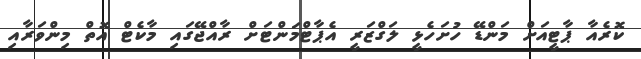
ކޮރެއާ ޕާޓީއަށް މަންޑޭ ހުށަހެޅީ ލަގްޒަރީ އެޕާޓްމަންޓަށް ރާއްޖޭގައި މާކެޓް އޮތް މިންވަރާއި